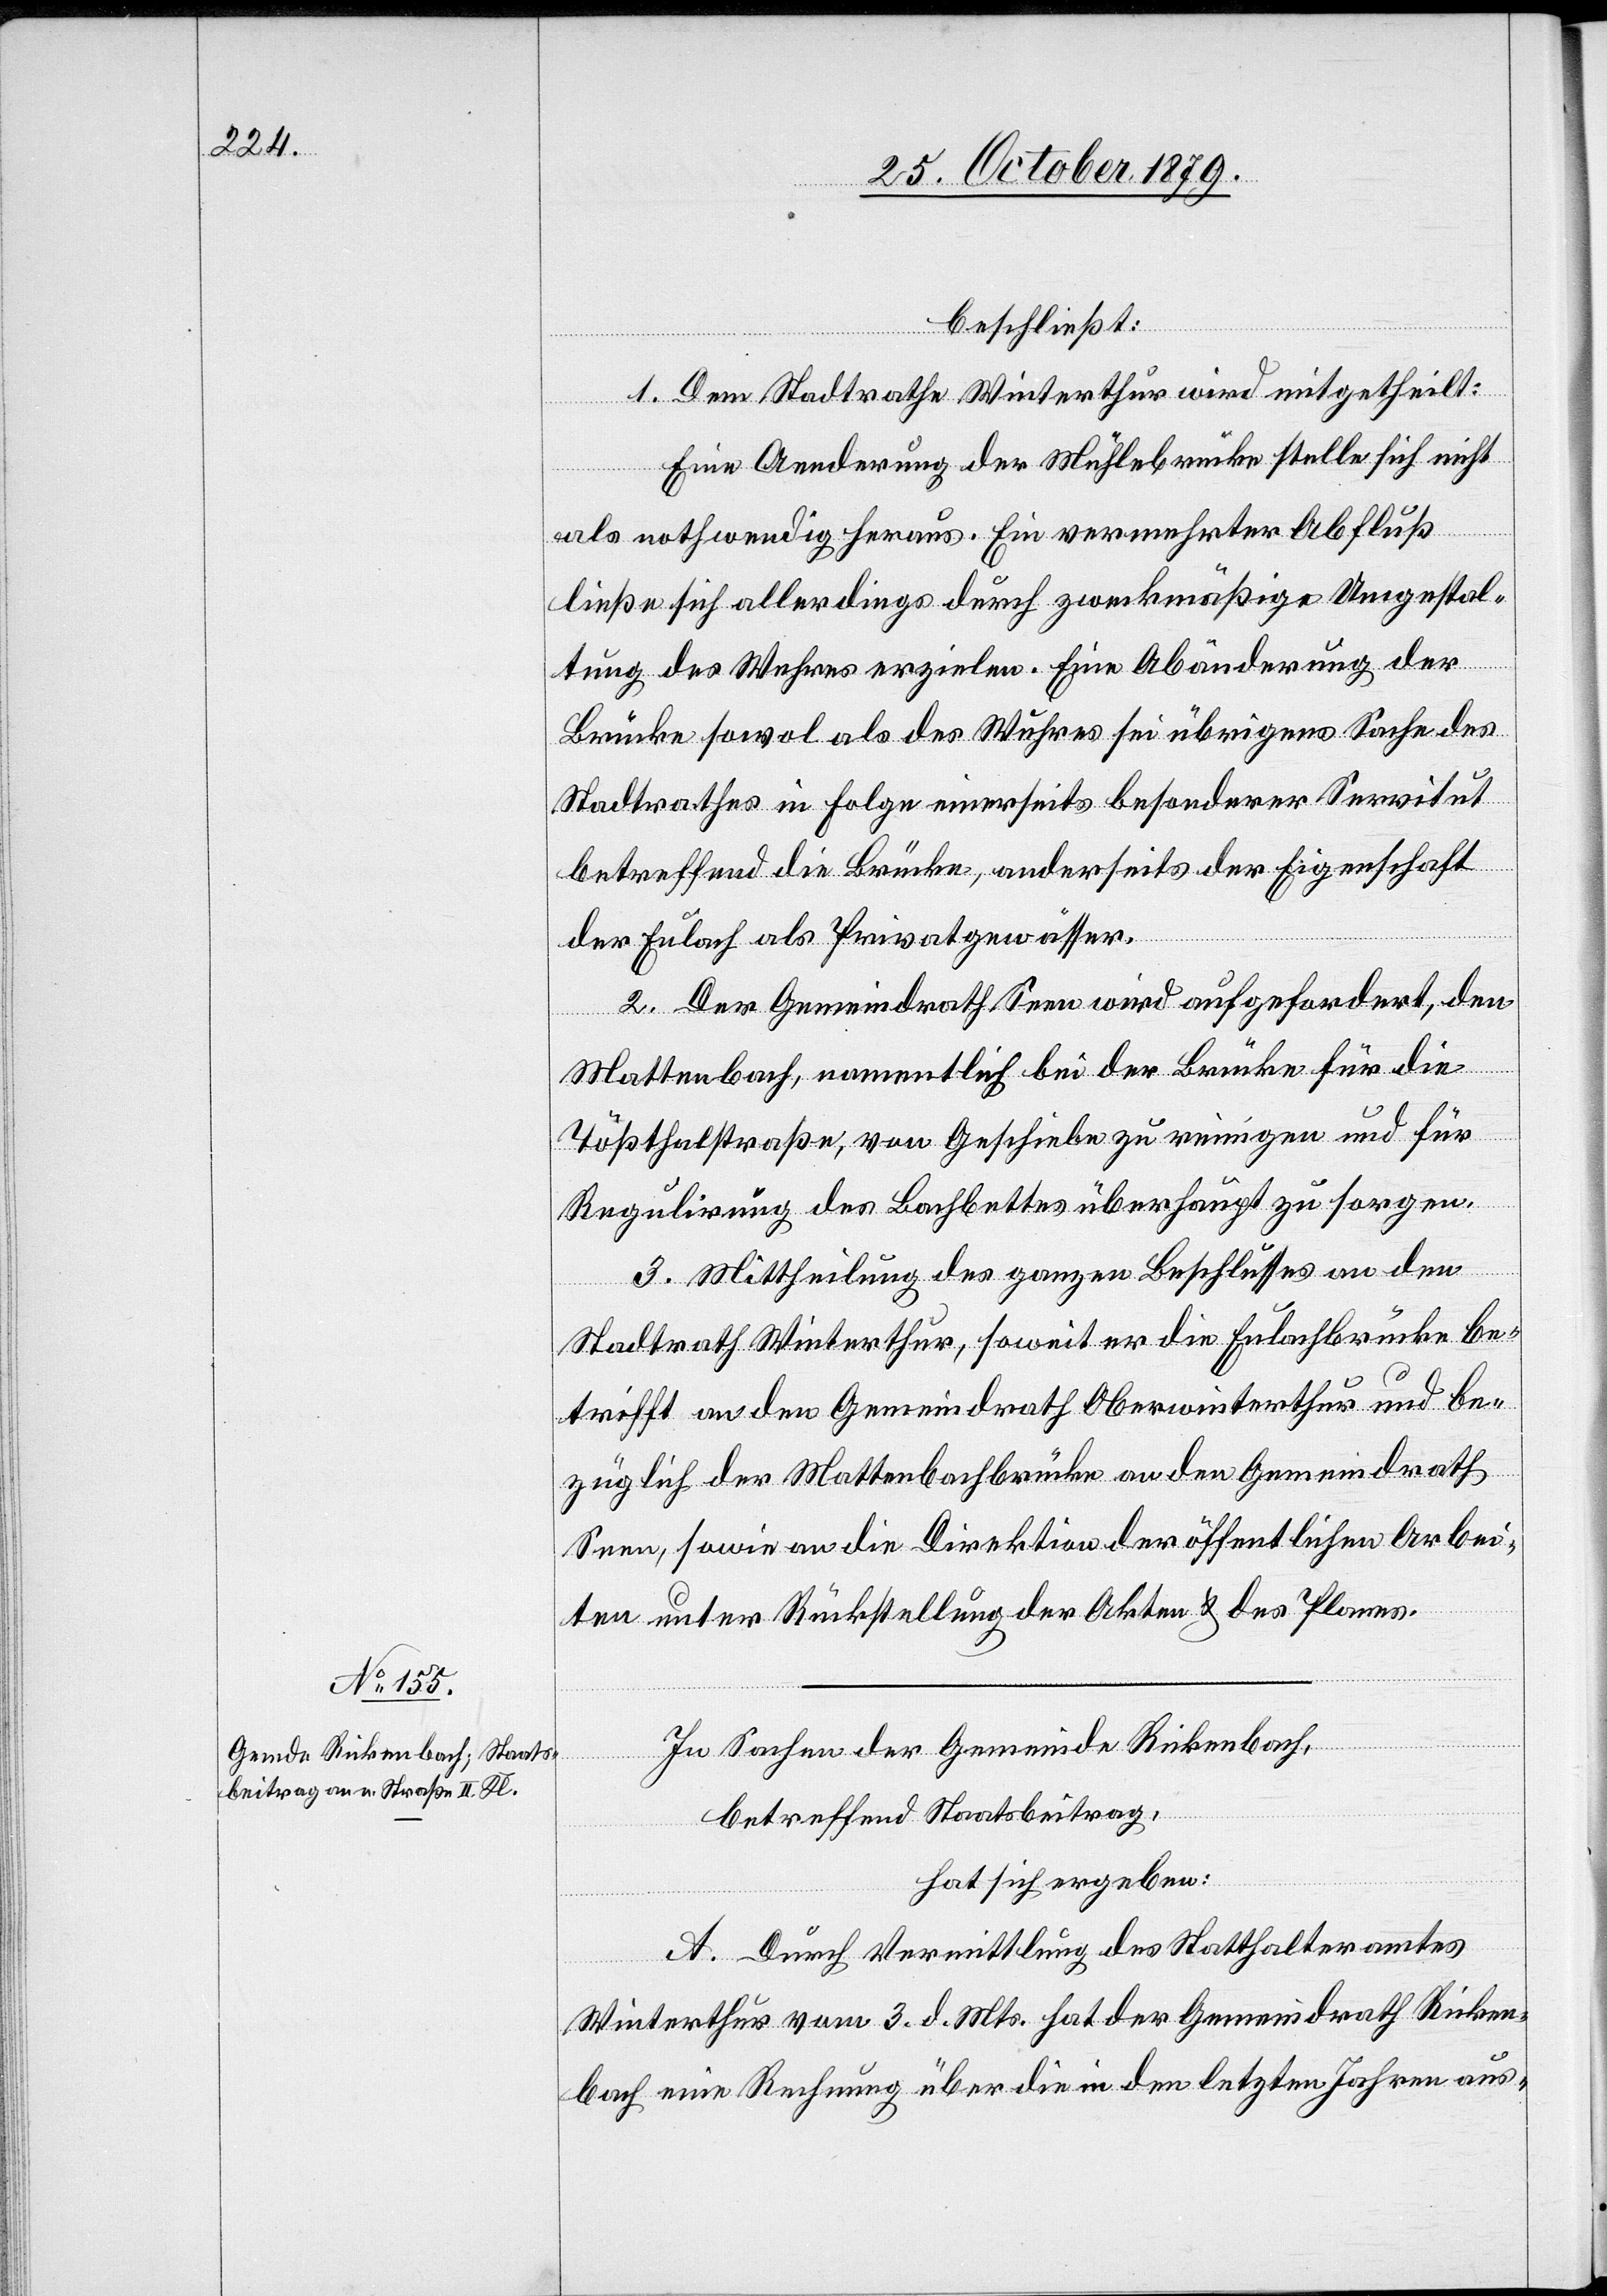
beschließt:
1. Dem Stadtrathe Winterthur wird mitgetheilt:
Eine Aenderung der Mühlebrücke stelle sich nicht
als nothwendig heraus. Ein vermehrter Abfluß
ließe sich allerdings durch zweckmäßige Umgestal¬
tung des Wuhres erzielen. Eine Abänderung der
Brücke sowohl als des Wuhres sei übrigens Sache des
Stadtrathes in Folge einerseits besonderer Servitut
betreffend die Brücke, andererseits der Eigenschaft
der Eulach als Privatgewässer.
2. Der Gemeindrath Seen wird aufgefordert, den
Mattenbach, namentlich bei der Brücke für die
Tößthalstraße, von Geschiebe zu reinigen und für
Regulirung des Bachbettes überhaupt zu sorgen.
3. Mittheilung des ganzen Beschlusses an den
Stadtrath Winterthur, soweit er die Eulachbrücke be¬
trifft an den Gemeindrath Oberwinterthur und be¬
züglich der Mattenbachbrücke an den Gemeindrath
Seen, sowie an die Direktion der öffentlichen Arbei¬
ten unter Rückstellung der Akten & des Planes.
In Sachen der Gemeinde Rickenbach,
betreffend Staatsbeitrag,
hat sich ergeben:
A. Durch Vermittlung des Statthalteramtes
Winterthur vom 3. d. Mts. hat der Gemeindrath Ricken¬
bach eine Rechnung über die in den letzten Jahren aus-